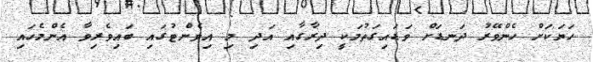
ހަޔަކަށް ހެންވޭރު ދަނޑަށް ވަޑައިގަތުމަކީ ދިރާގާއި އަދި މި އިވެންޓުގައި ބައިވެރިވާ އެންމެހައި